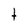
Character: t